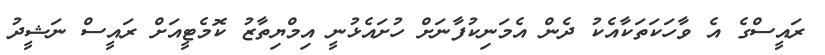
ރައީސްގެ އެ ވާހަކަތަކާއެކު ދެން އެމަނިކުފާނަށް ހުށައެޅުނީ އިމްޔިތާޒު ކޮމެޓީއަށް ރައީސް ނަޝީދު